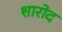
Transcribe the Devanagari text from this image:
शारोद